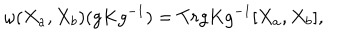
LaTeX: { \omega } ( X _ { a } , X _ { b } ) ( g K g ^ { - 1 } ) = T r g K g ^ { - 1 } [ X _ { a } , X _ { b } ] ,